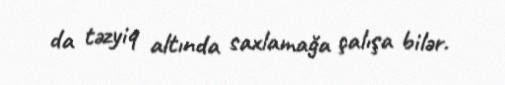
da təzyiq altında saxlamağa çalışa bilər.